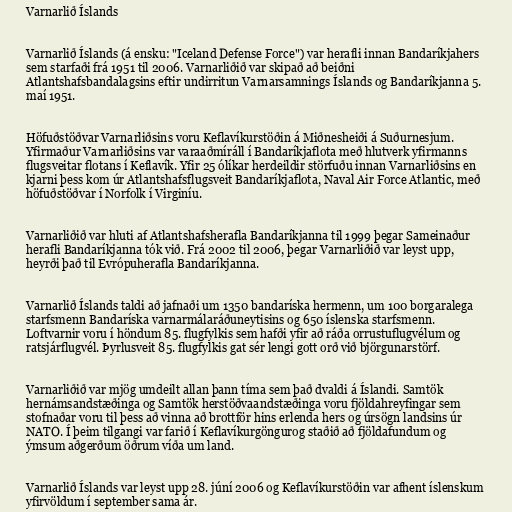
Varnarlið Íslands

Varnarlið Íslands (á ensku: "Iceland Defense Force") var herafli innan Bandaríkjahers
sem starfaði frá 1951 til 2006. Varnarliðið var skipað að beiðni
Atlantshafsbandalagsins eftir undirritun Varnarsamnings Íslands og Bandaríkjanna 5.
maí 1951.

Höfuðstöðvar Varnarliðsins voru Keflavíkurstöðin á Miðnesheiði á Suðurnesjum.
Yfirmaður Varnarliðsins var varaaðmíráll í Bandaríkjaflota með hlutverk yfirmanns
flugsveitar flotans í Keflavík. Yfir 25 ólíkar herdeildir störfuðu innan Varnarliðsins en
kjarni þess kom úr Atlantshafsflugsveit Bandaríkjaflota, Naval Air Force Atlantic, með
höfuðstöðvar í Norfolk í Virginíu.

Varnarliðið var hluti af Atlantshafsherafla Bandaríkjanna til 1999 þegar Sameinaður
herafli Bandaríkjanna tók við. Frá 2002 til 2006, þegar Varnarliðið var leyst upp,
heyrði það til Evrópuherafla Bandaríkjanna.

Varnarlið Íslands taldi að jafnaði um 1350 bandaríska hermenn, um 100 borgaralega
starfsmenn Bandaríska varnarmálaráðuneytisins og 650 íslenska starfsmenn.
Loftvarnir voru í höndum 85. flugfylkis sem hafði yfir að ráða orrustuflugvélum og
ratsjárflugvél. Þyrlusveit 85. flugfylkis gat sér lengi gott orð við björgunarstörf.

Varnarliðið var mjög umdeilt allan þann tíma sem það dvaldi á Íslandi. Samtök
hernámsandstæðinga og Samtök herstöðvaandstæðinga voru fjöldahreyfingar sem
stofnaðar voru til þess að vinna að brottför hins erlenda hers og úrsögn landsins úr
NATO. Í þeim tilgangi var farið í Keflavíkurgöngurog staðið að fjöldafundum og
ýmsum aðgerðum öðrum víða um land.

Varnarlið Íslands var leyst upp 28. júní 2006 og Keflavíkurstöðin var afhent íslenskum
yfirvöldum í september sama ár.